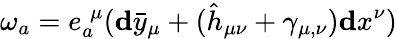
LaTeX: \mathbf{\omega}_{a}=e_{a}^{\; \mu}(\mathbf{d}\bar{y}_{\mu}+(\hat{h}_{\mu\nu}+\gamma_{\mu,\nu})\mathbf{d}x^{\nu})